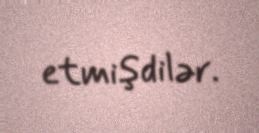
etmişdilər.